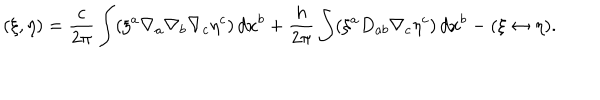
LaTeX: ( \xi , \eta ) = \frac { c } { 2 \pi } \int ( \xi ^ { a } \nabla _ { a } \nabla _ { b } \nabla _ { c } \eta ^ { c } ) \, d x ^ { b } + \frac { h } { 2 \pi } \int ( \xi ^ { a } D _ { a b } \nabla _ { c } \eta ^ { c } ) \, d x ^ { b } - ( \xi \leftrightarrow \eta ) .